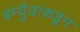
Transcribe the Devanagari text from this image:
बर्म्युडाकडून